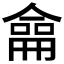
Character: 𠎤